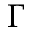
\Gamma